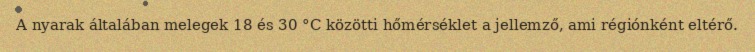
A nyarak általában melegek 18 és 30 °C közötti hőmérséklet a jellemző, ami régiónként eltérő.